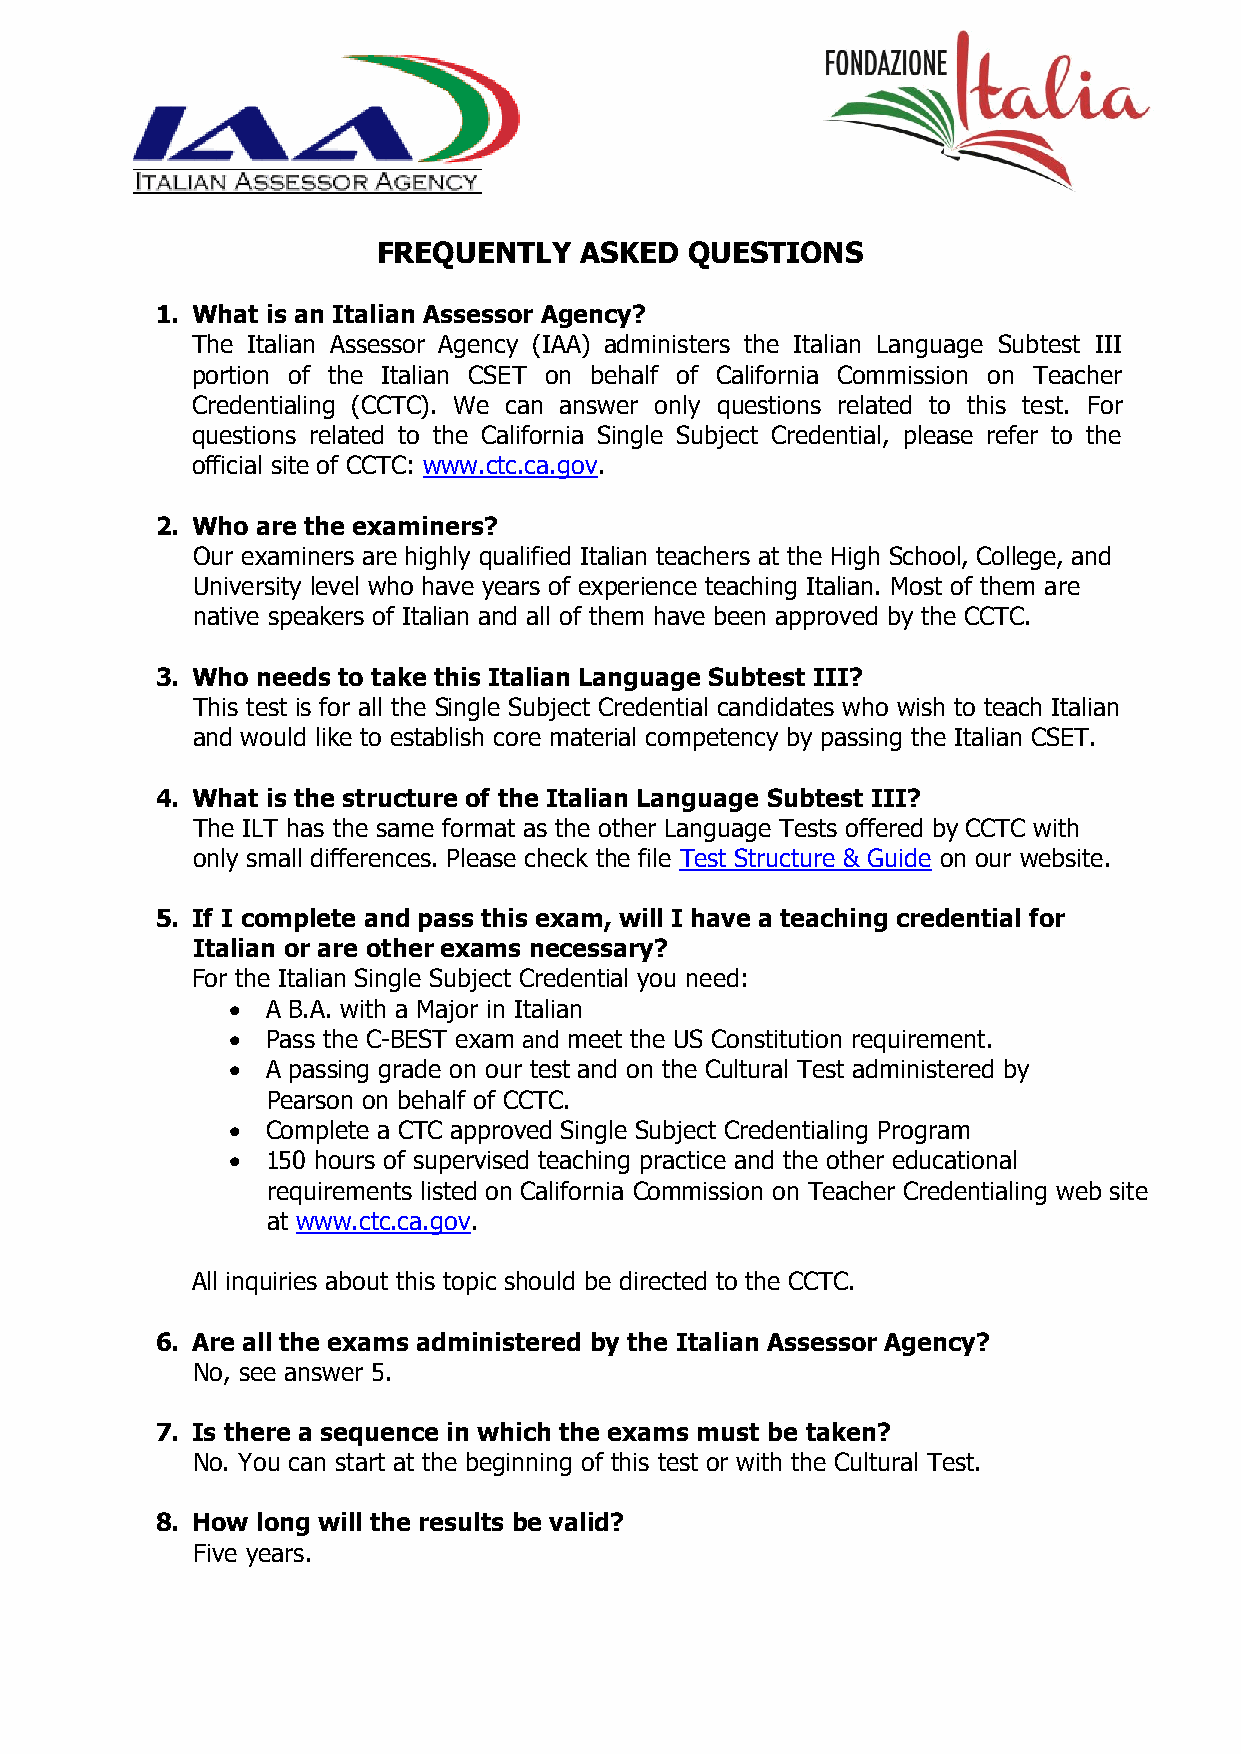
FREQUENTLY   ASKED   QUESTIONS
 1. What is an Italian Assessor Agency?
 The Italian Assessor Agency (IAA) administers the Italian Language Subtest III
 portion of the Italian CSET on behalf of California Commission on Teacher
 Credentialing (CCTC). We can answer only questions related to this test. For
 questions related to the California Single Subject Credential, please refer to the
 official site of CCTC: www.ctc.ca.gov.
 2. Who are the examiners?
 Our examiners are highly qualified Italian teachers at the High School, College, and
 University level who have years of experience teaching Italian. Most of them are
 native speakers of Italian and all of them have been approved by the CCTC.
 3. Who needs to take this Italian Language Subtest III?
 This test is for all the Single Subject Credential candidates who wish to teach Italian
 and would like to establish core material competency by passing the Italian CSET.
 4. What is the structure of the Italian Language Subtest III?
 The ILT has the same format as the other Language Tests offered by CCTC with
 only small differences. Please check the file Test Structure & Guide on our website.
 5. If I complete and pass this exam, will I have a teaching credential for
 Italian or are other exams necessary?
 For the Italian Single Subject Credential you need:
   A B.A. with a Major in Italian
   Pass the C-BEST exam and meet the US Constitution requirement.
   A passing grade on our test and on the Cultural Test administered by
 Pearson on behalf of CCTC.
   Complete a CTC approved Single Subject Credentialing Program
   150 hours of supervised teaching practice and the other educational
 requirements listed on California Commission on Teacher Credentialing web site
 at www.ctc.ca.gov.
 All inquiries about this topic should be directed to the CCTC.
 6. Are all the exams administered by the Italian Assessor Agency?
 No, see answer 5.
 7. Is there a sequence in which the exams must be taken?
 No. You can start at the beginning of this test or with the Cultural Test.
 8. How long will the results be valid?
 Five years.